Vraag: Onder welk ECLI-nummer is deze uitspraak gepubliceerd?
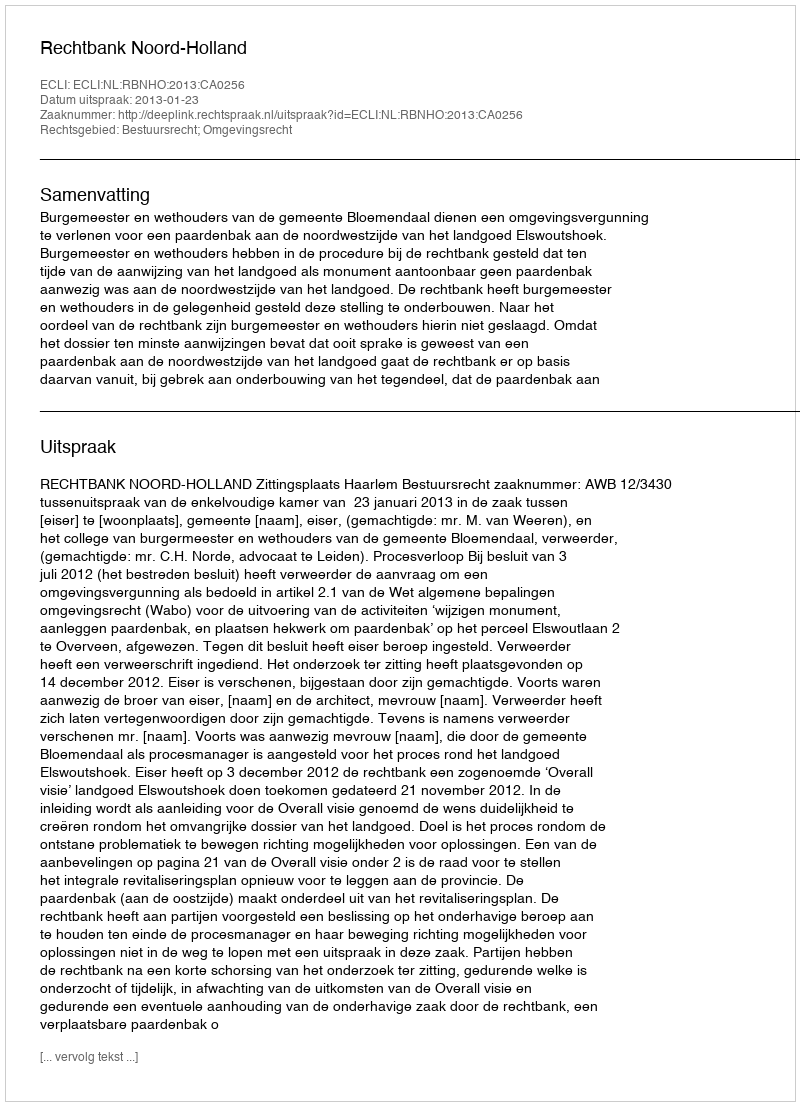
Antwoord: ECLI:NL:RBNHO:2013:CA0256